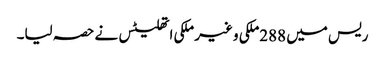
ریس میں 288ملکی و غیر ملکی اتھلیٹس نے حصہ لیا۔